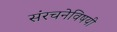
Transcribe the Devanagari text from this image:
संरचनेविषयी